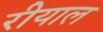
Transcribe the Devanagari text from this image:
रीयाल